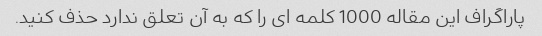
پاراگراف این مقاله 1000 کلمه ای را که به آن تعلق ندارد حذف کنید.